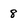
Character: 8